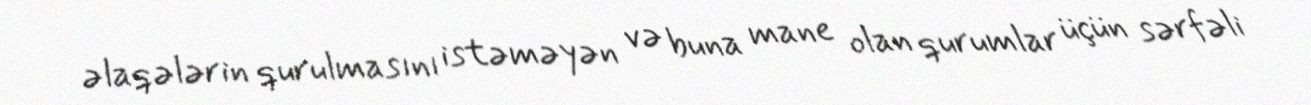
əlaqələrin qurulmasını istəməyən və buna mane olan qurumlar üçün sərfəli